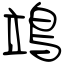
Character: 鴗